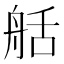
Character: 𦨯